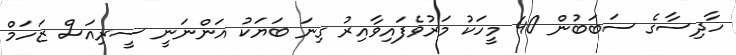
ހާދިސާގެ ސަބަބުން 40 މީހަކު މަރުވެފައިވާއިރު ގިނަ ބަޔަކު އަންނަނީ ސީރިއަސް ޒަހަމް